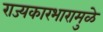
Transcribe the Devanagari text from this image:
राज्यकारभारामुळे